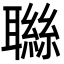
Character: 䏈